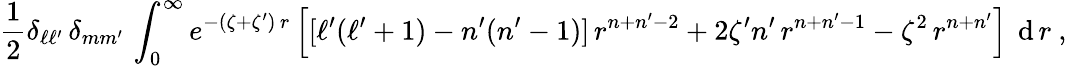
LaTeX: {\frac{1}{2}}\delta_{\ell\ell^{\prime}}\, \delta_{mm^{\prime}}\, \int_{0}^{\infty}e^{-(\zeta+\zeta^{\prime})\, r}\left[[\ell^{\prime}(\ell^{\prime}+1)-n^{\prime}(n^{\prime}-1)]\, r^{n+n^{\prime}-2}+2\zeta^{\prime}n^{\prime}\, r^{n+n^{\prime}-1}-\zeta^{2}\, r^{n+n^{\prime}}\right]~\operatorname{d}r~,